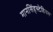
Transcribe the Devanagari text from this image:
मानसिंहस्टेडियम